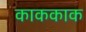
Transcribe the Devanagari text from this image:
काककाक